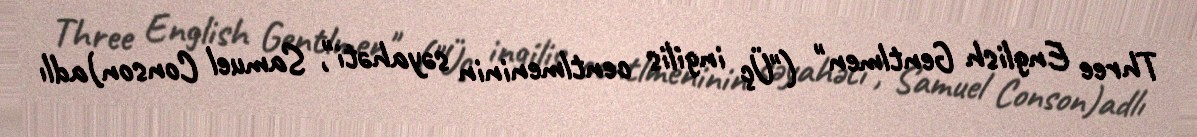
Three English Gentlmen" ("Üç ingilis centlmeninin səyahəti", Samuel Conson)adlı